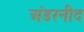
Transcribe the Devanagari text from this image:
अंडरनीद